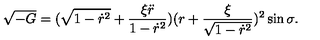
\sqrt { - G } = ( \sqrt { 1 - \dot { r } ^ { 2 } } + \frac { \xi \ddot { r } } { 1 - \dot { r } ^ { 2 } } ) ( r + \frac { \xi } { \sqrt { 1 - \dot { r } ^ { 2 } } } ) ^ { 2 } \sin \sigma .